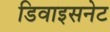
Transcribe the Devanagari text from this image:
डिवाइसनेट